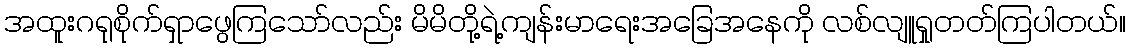
အထူးဂရုစိုက်ရှာဖွေကြသော်လည်း မိမိတို့ရဲ့ကျန်းမာရေးအခြေအနေကို လစ်လျူရှုတတ်ကြပါတယ်။